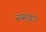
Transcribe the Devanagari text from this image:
ससङ्गाः